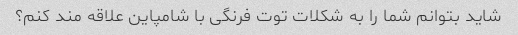
شاید بتوانم شما را به شکلات توت فرنگی با شامپاین علاقه مند کنم؟